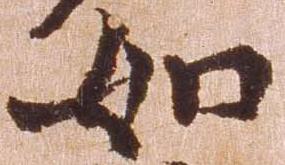
如